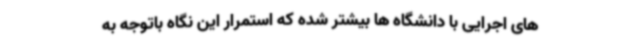
های اجرایی با دانشگاه ها بیشتر شده که استمرار این نگاه باتوجه به